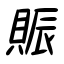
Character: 賑